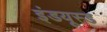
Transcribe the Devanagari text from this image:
इंडयूस्ड